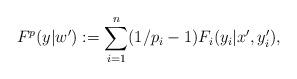
LaTeX: \begin{align*} F^p(y|w'):= \sum_{i=1}^n (1/p_i - 1) F_i(y_i|x',y_i'),\end{align*}